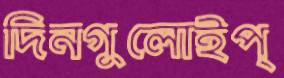
দিনগুলোইপ্